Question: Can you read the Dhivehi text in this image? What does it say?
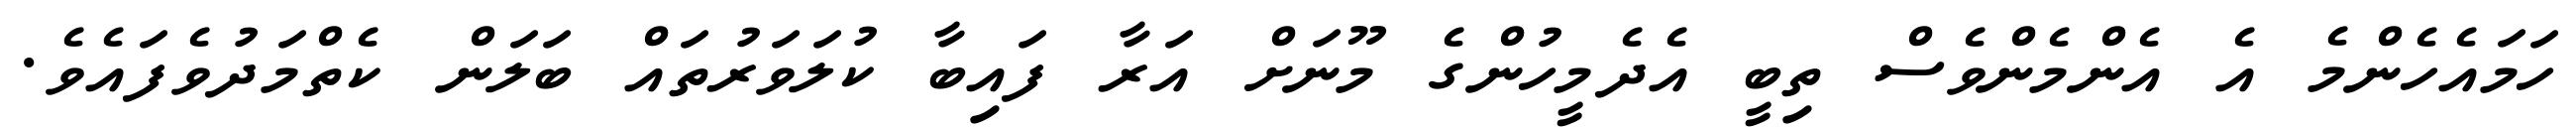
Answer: ހަމައެހެންމެ އެ އެންމެންވެސް ތިބީ އެދެމީހުންގެ މޫނަށް އަރާ ފައިބާ ކުލަވަރުތައް ބަލަން ކެތްމަދުވެފައެވެ.